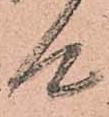
候